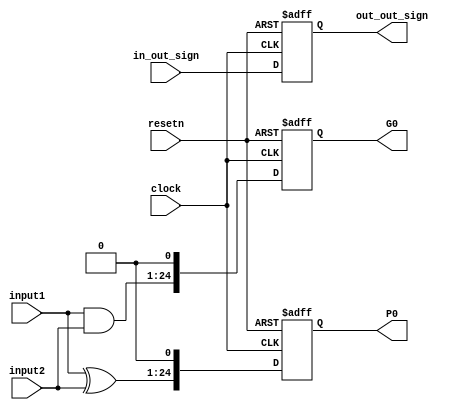
`timescale 1ns / 1ps
//////////////////////////////////////////////////////////////////////////////////
// Company: 
// Engineer: 
// 
// Design Name: 
// Module Name:    fr_adder_prepare 
// Project Name: 
// Target Devices: 
// Tool versions: 
// Description: 
//
// Dependencies: 
//
// Revision: 
// Revision 0.01 - File Created
// Additional Comments: 
//
//////////////////////////////////////////////////////////////////////////////////
module fr_adder_prepare(clock, resetn, input1, input2, in_out_sign, out_out_sign, G0, P0);
	input clock, resetn;
	
	input in_out_sign;
	input [23:0] input1, input2;
	
	output reg out_out_sign;
	output reg [24:0] G0, P0;
	
	wire [24:0] G;
	assign G[24:1]	= input1 & input2;
	assign G[0] = 0; //Cin 
	
	wire [24:0] P;
	assign P[24:1] = input1 ^ input2;
	assign P[0] = 0;
	

	always@(posedge clock, negedge resetn) begin
		if(!resetn) begin
			out_out_sign <= 0;
			G0 <= 0;
			P0 <= 0;
		end
		else begin
			out_out_sign <= in_out_sign;
			G0 <= G;
			P0 <= P;
		end
	end

endmodule